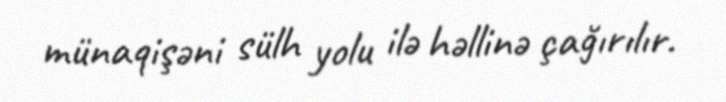
münaqişəni sülh yolu ilə həllinə çağırılır.